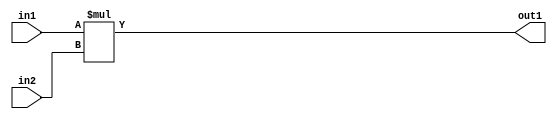
`timescale 1ps / 1ps
/*****************************************************************************
    Verilog RTL Description
    
    
    Created by: Stratus DpOpt 2019.1.01 
*******************************************************************************/

module SobelFilter_Mul_8Ux8U_8U_4 (
	in2,
	in1,
	out1
	); /* architecture "behavioural" */ 
input [7:0] in2,
	in1;
output [7:0] out1;
wire [7:0] asc001;

assign asc001 = 
	+(in1 * in2);

assign out1 = asc001;
endmodule

/* CADENCE  urnxQww= : u9/ySgnWtBlWxVPRXgAZ4Og= ** DO NOT EDIT THIS LINE ******/